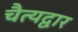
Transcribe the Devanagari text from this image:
चैत्यद्वार